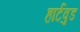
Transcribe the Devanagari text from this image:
हार्टवुड